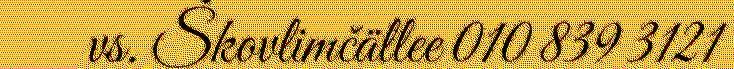
vs. Škovlimčällee 010 839 3121